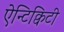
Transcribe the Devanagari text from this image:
ऐन्टिक्विटी